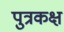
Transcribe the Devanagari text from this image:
पुत्रकक्ष